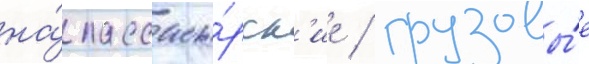
на́ пассажи́рск'ие / грузовы́е